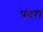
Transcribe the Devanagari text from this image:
पंदरां